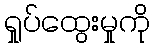
ရှုပ်ထွေးမှုကို